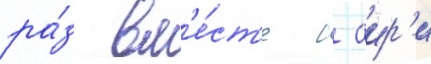
ра́з вм'е́ст'е с аир'и